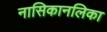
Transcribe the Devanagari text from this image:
नासिकानलिका